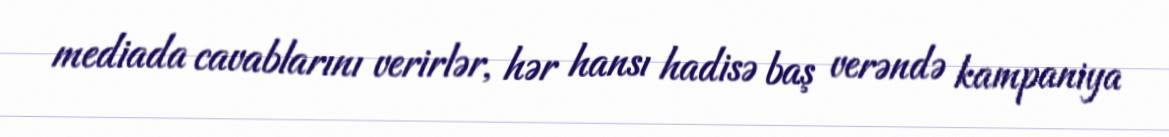
mediada cavablarını verirlər, hər hansı hadisə baş verəndə kampaniya